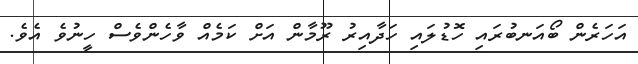
އަހަރެން ބޯއަނބުރައި ހޮޑުލައި ހަދާއިރު ރޫމާން އަށް ކަމެއް ވާހެންވެސް ހީނުވެ އެވެ.